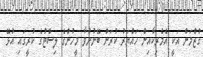
ގުޒްމަން އަކީ އެމެރިކާއިން ހައްޔަރު ކުރަން ބޭނުންވާ މީހުންގެ ލިސްޓުގެ ކުރީގައި އުޅޭ